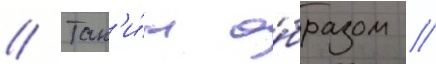
// Так'и́м о́бразом /